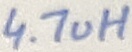
Text: 4.7uH